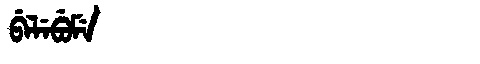
Manchu: ᠪᡝᠯᡝᠪᡠᠮᡝ
Romanization: BELEBUME